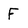
Character: F